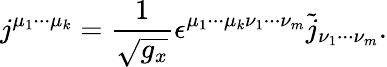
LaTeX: j^{\mu_{1}\cdot\cdot\cdot\mu_{k}}=\frac 1{\sqrt{g_{x}}}\epsilon^{\mu_{1}\cdot\cdot\cdot\mu_{k}\nu_{1}\cdot\cdot\cdot\nu_{m}}\tilde{j}_{\nu_{1}\cdot\cdot\cdot\nu_{m}}.